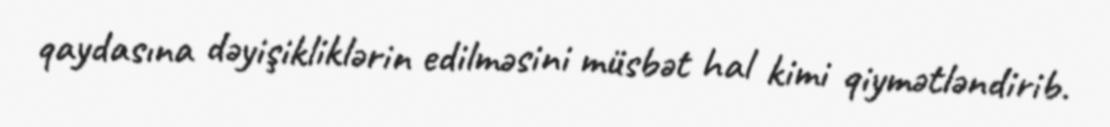
qaydasına dəyişikliklərin edilməsini müsbət hal kimi qiymətləndirib.